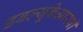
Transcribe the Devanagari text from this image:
डबल्यूकेआरपी